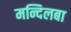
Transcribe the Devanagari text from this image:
मन्दिलबा